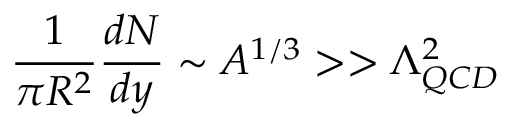
{ \frac { 1 } { \pi R ^ { 2 } } } { \frac { d N } { d y } } \sim A ^ { 1 / 3 } > > \Lambda _ { Q C D } ^ { 2 }